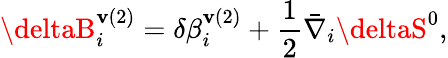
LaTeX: \deltaB_{i}^{\mathbf{v}(2)}=\delta\beta_{i}^{\mathbf{v}(2)}+\frac{{1}}{{2}}\bar{{\nabla}}_{i}\deltaS^{0},